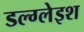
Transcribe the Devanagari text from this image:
डल्ग्लेइश